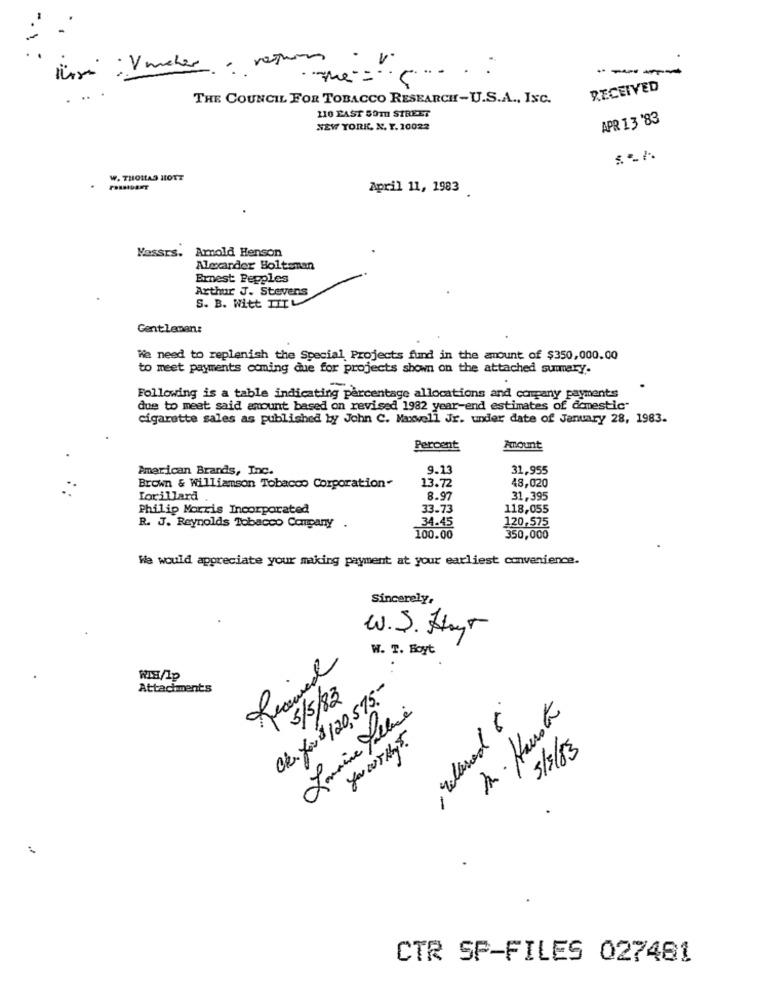
----
....
RECEIVED
THE COUNCIL FOR TOBACCO RESEARCH-U.S.A ., Isc.
110 FAST SOTH STREET
APR 13 '83
NEW YORK. N. Y. 10022
W. THOMAS HOTT
April 11, 1983
Arnold Henson
Nassrs.
Alexander Boltsnan
Ernest Pepples
Arthur J. Stevens
S. B. Witt TILL
Gentlemen:
We need to replenish the Special Projects fund in the amount of $350,000.00
to meet payments coming due for projects shown on the attached summary.
Following is a table indicating percentage allocations and company payments
due to meet said amount based on revised 1982 year-end estimates of domestic"
cigarette sales as published by John C. Maxwell Jr. under date of January 28, 1983.
Percent
Amount
American Brands, Inc.
9.13
31,955
48,020
Brown & Williamson Tobacco Corporation-
13.72
Lorillard .
8.97
31,395
Philip Morris Incorporated
33.73
118,055
R. J. Reynolds Tobacco Company .
34.45
120,575
100.00
350,000
We would appreciate your making payment at your earliest convenience.
Sincerely,
W.S. Atout
W. T. Boyt
..
RIH/Ip
Attachments
Ok. for $ 120, 575.
5/5/83
Lamaine fallune
Dr. Hausta
you wThys.
5/5/83
CTR SP-FILES 027481